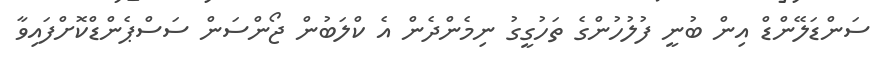
ސަންޑަލޭންޑް އިން ބުނީ ފުލުހުންގެ ތަހުގީގު ނިމެންދެން އެ ކްލަބުން ޖޯންސަން ސަސްޕެންޑްކޮށްފައިވާ